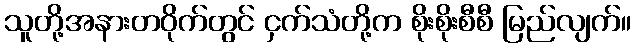
သူတို့အနားတဝိုက်တွင် ငှက်သံတို့က စိုးစိုးစီစီ မြည်လျက်။